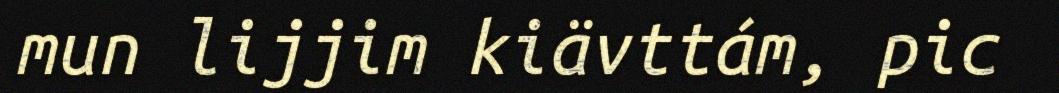
mun lijjim kiävttám, pic